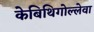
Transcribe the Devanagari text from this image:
केबिथिगोल्लेवा